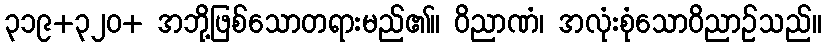
၃၁၉+၃၂၀+ အဘို့ဖြစ်သောတရားမည်၏။ ဝိညာဏံ၊ အလုံးစုံသောဝိညာဉ်သည်။